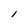
Character: 1